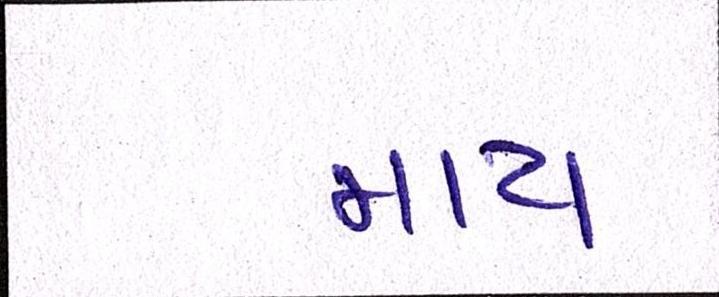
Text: માય